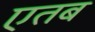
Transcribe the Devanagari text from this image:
एतब